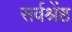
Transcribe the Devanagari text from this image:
सर्वश्रेंष्ठ